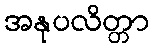
အနုပလိတ္တာ